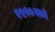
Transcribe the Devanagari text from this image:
१५२७मध्ये